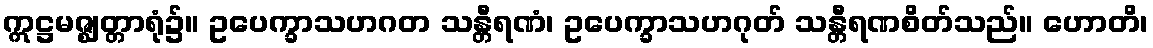
ဣဋ္ဌမဇ္ဈတ္တာရုံ၌။ ဥပေက္ခာသဟဂတ သန္တီရဏံ၊ ဥပေက္ခာသဟဂုတ် သန္တီရဏစိတ်သည်။ ဟောတိ၊